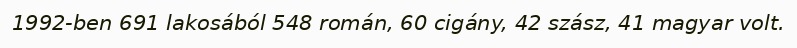
1992-ben 691 lakosából 548 román, 60 cigány, 42 szász, 41 magyar volt.